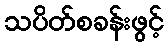
သပိတ်စခန်းဖွင့်